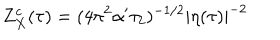
LaTeX: Z _ { X } ^ { c } ( \tau ) = ( 4 \pi ^ { 2 } \alpha ^ { \prime } \tau _ { 2 } ) ^ { - 1 / 2 } | \eta ( \tau ) | ^ { - 2 }